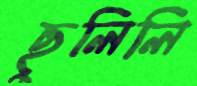
ছুলিলি